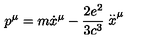
p ^ { \mu } = m \dot { x } ^ { \mu } - \frac { 2 e ^ { 2 } } { 3 c ^ { 3 } } \stackrel { . . } { x } ^ { \mu }